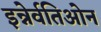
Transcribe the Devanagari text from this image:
इन्नेर्वतिओन